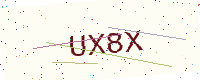
Text: UX8X